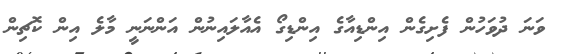
ވަނަ ދުވަހުން ފެށިގެން އިންޑިއާގެ އިންޑިގޯ އެއާލައިނުން އަންނަނީ މާލެ އިން ކޮޗިން